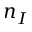
n _ { I }